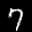
Label: 7